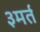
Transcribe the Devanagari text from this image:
३मर्त